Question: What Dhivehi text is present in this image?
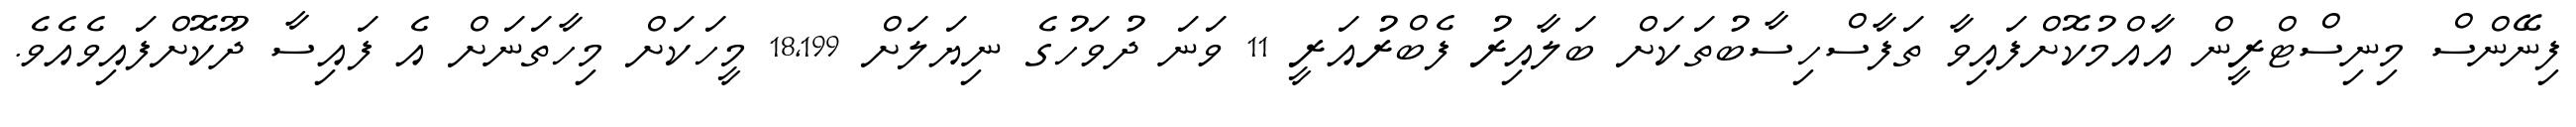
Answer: ފިނޭންސް މިނިސްޓްރީން އާއްމުކޮށްފައިވާ ތަފާސްހިސާބުތަކަށް ބަލާއިރު ފެބްރުއަރީ 11 ވަނަ ދުވަހުގެ ނިޔަލަށް 18,199 މީހަކަށް މިހާތަނަށް އެ ފައިސާ ދޫކޮށްފައިވެއެވެ.